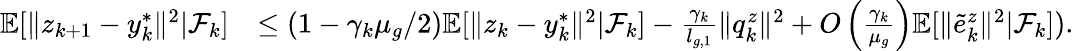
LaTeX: \begin{array}{rl}{\mathbb{E}[\| z_{k+1}-y_{k}^{*}\| ^{2}|\mathcal{F}_{k}]}&{\le(1-\gamma_{k}\mu_{g}/2)\mathbb{E}[\| z_{k}-y_{k}^{*}\| ^{2}|\mathcal{F}_{k}]-\frac{\gamma_{k}}{l_{g,1}}\| q_{k}^{z}\| ^{2}+O\left(\frac{\gamma_{k}}{\mu_{g}}\right)\mathbb{E}[\| \tilde{e}_{k}^{z}\| ^{2}|\mathcal{F}_{k}]).}\end{array}